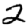
Digit: 2